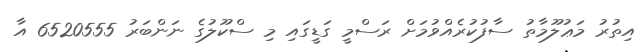
އިތުރު މަޢުލޫމާތު ސާފުކުރެއްވުމަށް ރަސްމީ ގަޑީގައި މި ސްކޫލުގެ ނަންބަރު 6520555 އާ